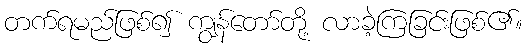
တက်ရမည်ဖြစ်၍ ကျွန်တော်တို့ လာခဲ့ကြခြင်းဖြစ်၏။